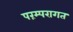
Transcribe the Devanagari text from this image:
परंम्परागत